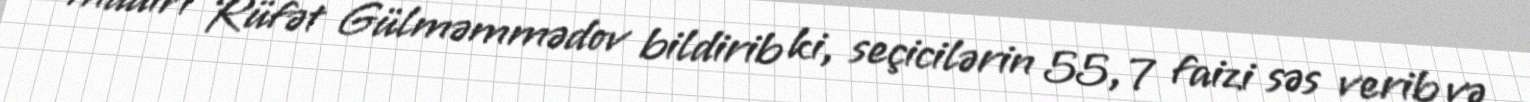
müdiri Rüfət Gülməmmədov bildirib ki, seçicilərin 55, 7 faizi səs verib və